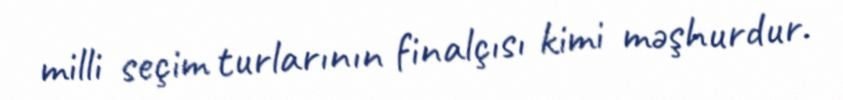
milli seçim turlarının finalçısı kimi məşhurdur.